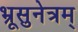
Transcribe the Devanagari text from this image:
भ्रूसुनेत्रम्